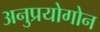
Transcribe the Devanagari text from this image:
अनुप्रयोगोन